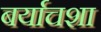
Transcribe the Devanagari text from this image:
बर्याचशा